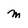
Character: m